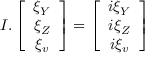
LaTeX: I . \left[ \begin{array} { c } { { \xi _ { Y } } } \\ { { \xi _ { Z } } } \\ { { \xi _ { v } } } \end{array} \right] = \left[ \begin{array} { c } { { i \xi _ { Y } } } \\ { { i \xi _ { Z } } } \\ { { i \xi _ { v } } } \end{array} \right]